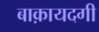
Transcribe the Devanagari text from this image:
बाक़ायदगी